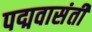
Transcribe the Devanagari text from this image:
पद्मवासंती